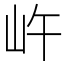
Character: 㞰